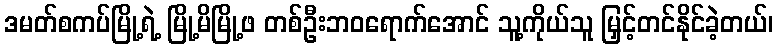
ဒမတ်စကပ်မြို့ရဲ့ မြို့မိမြို့ဖ တစ်ဦးဘဝရောက်အောင် သူ့ကိုယ်သူ မြှင့်တင်နိုင်ခဲ့တယ်၊